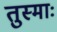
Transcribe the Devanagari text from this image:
तुस्माः